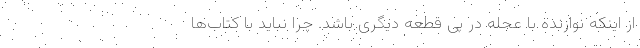
از اینکه نوازنده با عجله در پی قطعهٔ دیگری باشد. چرا نباید با کتاب‌ها